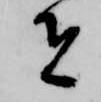
者